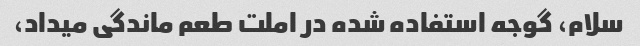
سلام، گوجه استفاده شده در املت طعم ماندگی میداد،